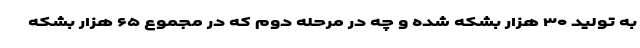
به تولید ۳۰ هزار بشکه شده و چه در مرحله دوم که در مجموع ۶۵ هزار بشکه